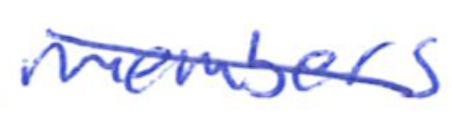
Text: members
Cross-out: diagonal
Writing tool: ballpoint